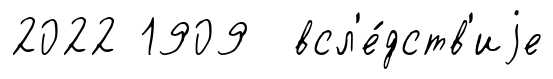
2022 1909 всл'е́дств'иjе